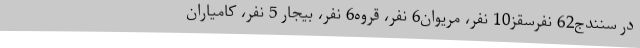
در سنندج62 نفرسقز10 نفر، مریوان6 نفر، قروه6 نفر، بیجار 5 نفر، کامیاران